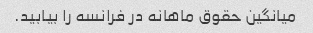
میانگین حقوق ماهانه در فرانسه را بیابید.